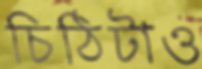
চিঠিটাও